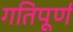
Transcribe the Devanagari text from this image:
गतिपूर्ण